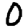
Digit: 0